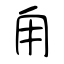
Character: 甪